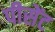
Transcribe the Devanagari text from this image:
पीसेंट